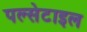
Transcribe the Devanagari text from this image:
पल्सेटाइल